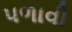
પળાવી